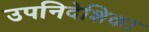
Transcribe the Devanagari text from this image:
उपनिदेशिका